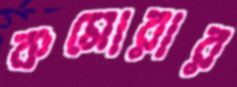
কমোরার